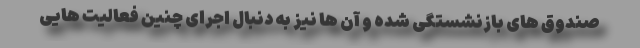
صندوق های بازنشستگی شده و آن ها نیز به دنبال اجرای چنین فعالیت هایی